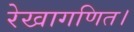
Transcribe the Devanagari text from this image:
रेखागणित।